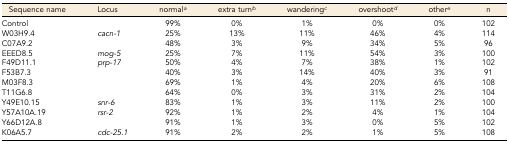
| Sequence name | Locus | normal)a | extra turnb | wanderingc | overshootd | othere | n |
 | --- | --- | --- | --- | --- | --- | --- | --- |
 | Control |  | 99% | 0% | 1% | 0% | 0% | 102 |
 | W03H9.4 | cacn-1 | 25% | 13% | 11% | 46% | 4% | 114 |
 | C07A9.2 |  | 48% | 3% | 9% | 34% | 5% | 96 |
 | EEED8.5 | mog-5 | 25% | 7% | 11% | 54% | 3% | 100 |
 | F49D11.1 | prp-17 | 50% | 4% | 7% | 38% | 1% | 102 |
 | F53B7.3 |  | 40% | 3% | 14% | 40% | 3% | 91 |
 | M03F8.3 |  | 69% | 1% | 4% | 20% | 6% | 108 |
 | T11G6.8 |  | 64% | 0% | 3% | 31% | 2% | 104 |
 | Y49E10.15 | snr-6 | 83% | 1% | 3% | 11% | 2% | 100 |
 | Y57A10A.19 | rsr-2 | 92% | 1% | 2% | 4% | 1% | 104 |
 | Y66D12A.8 |  | 91% | 1% | 3% | 0% | 5% | 102 |
 | K06A5.7 | cdc-25.1 | 91% | 2% | 2% | 1% | 5% | 108 |